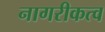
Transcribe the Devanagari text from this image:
नागरीकत्व